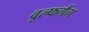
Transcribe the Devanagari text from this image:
वूल्फगैंग